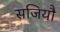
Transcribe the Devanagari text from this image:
सजियौ